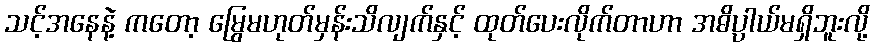
သင့်အနေနဲ့ ကတော့ မြွေမဟုတ်မှန်းသိလျက်နှင့် ထုတ်ပေးလိုက်တာဟာ အဓိပ္ပာယ်မရှိဘူးလို့